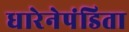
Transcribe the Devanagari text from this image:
धारेनेपंडिता